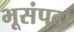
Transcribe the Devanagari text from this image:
भूसंपदा